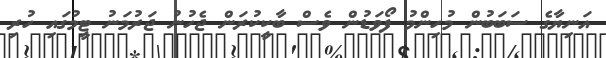
އަނިޔާގެ ސަބަބުން މުހިންމު ފޯވަޑުން ވެސް ބާކީކުރަން ޖެހުނު ޖަރުމަނު ޓީމުގައި ހުރި